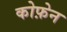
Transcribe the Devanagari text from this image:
कोफ़ेन